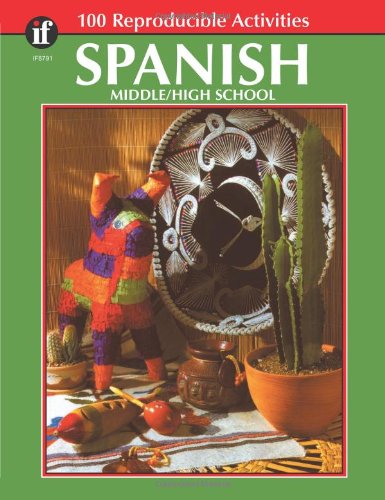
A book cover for Spanish, Grades 6 - 12: Middle / High School (The 100+ Series(TM)); Rose Thomas; Science & Math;